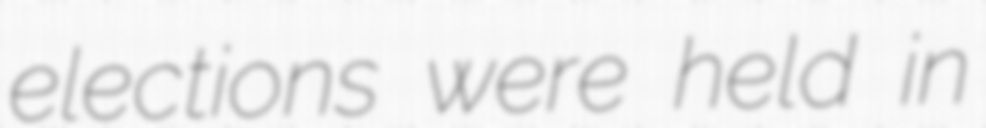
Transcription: elections were held in